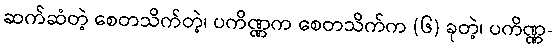
ဆက်ဆံတဲ့ စေတသိက်တဲ့၊ ပကိဏ္ဏက စေတသိက်က (၆) ခုတဲ့၊ ပကိဏ္ဏ-